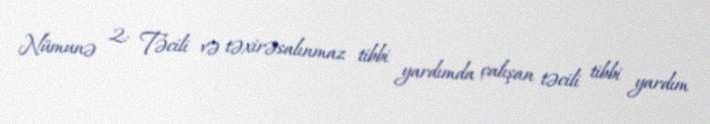
Nümunə 2: Təcili və təxirəsalınmaz tibbi yardımda çalışan təcili tibbi yardım